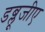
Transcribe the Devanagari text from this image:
डब्लूजीए